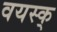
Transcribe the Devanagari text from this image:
वयस्क्